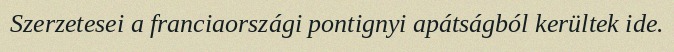
Szerzetesei a franciaországi pontignyi apátságból kerültek ide.